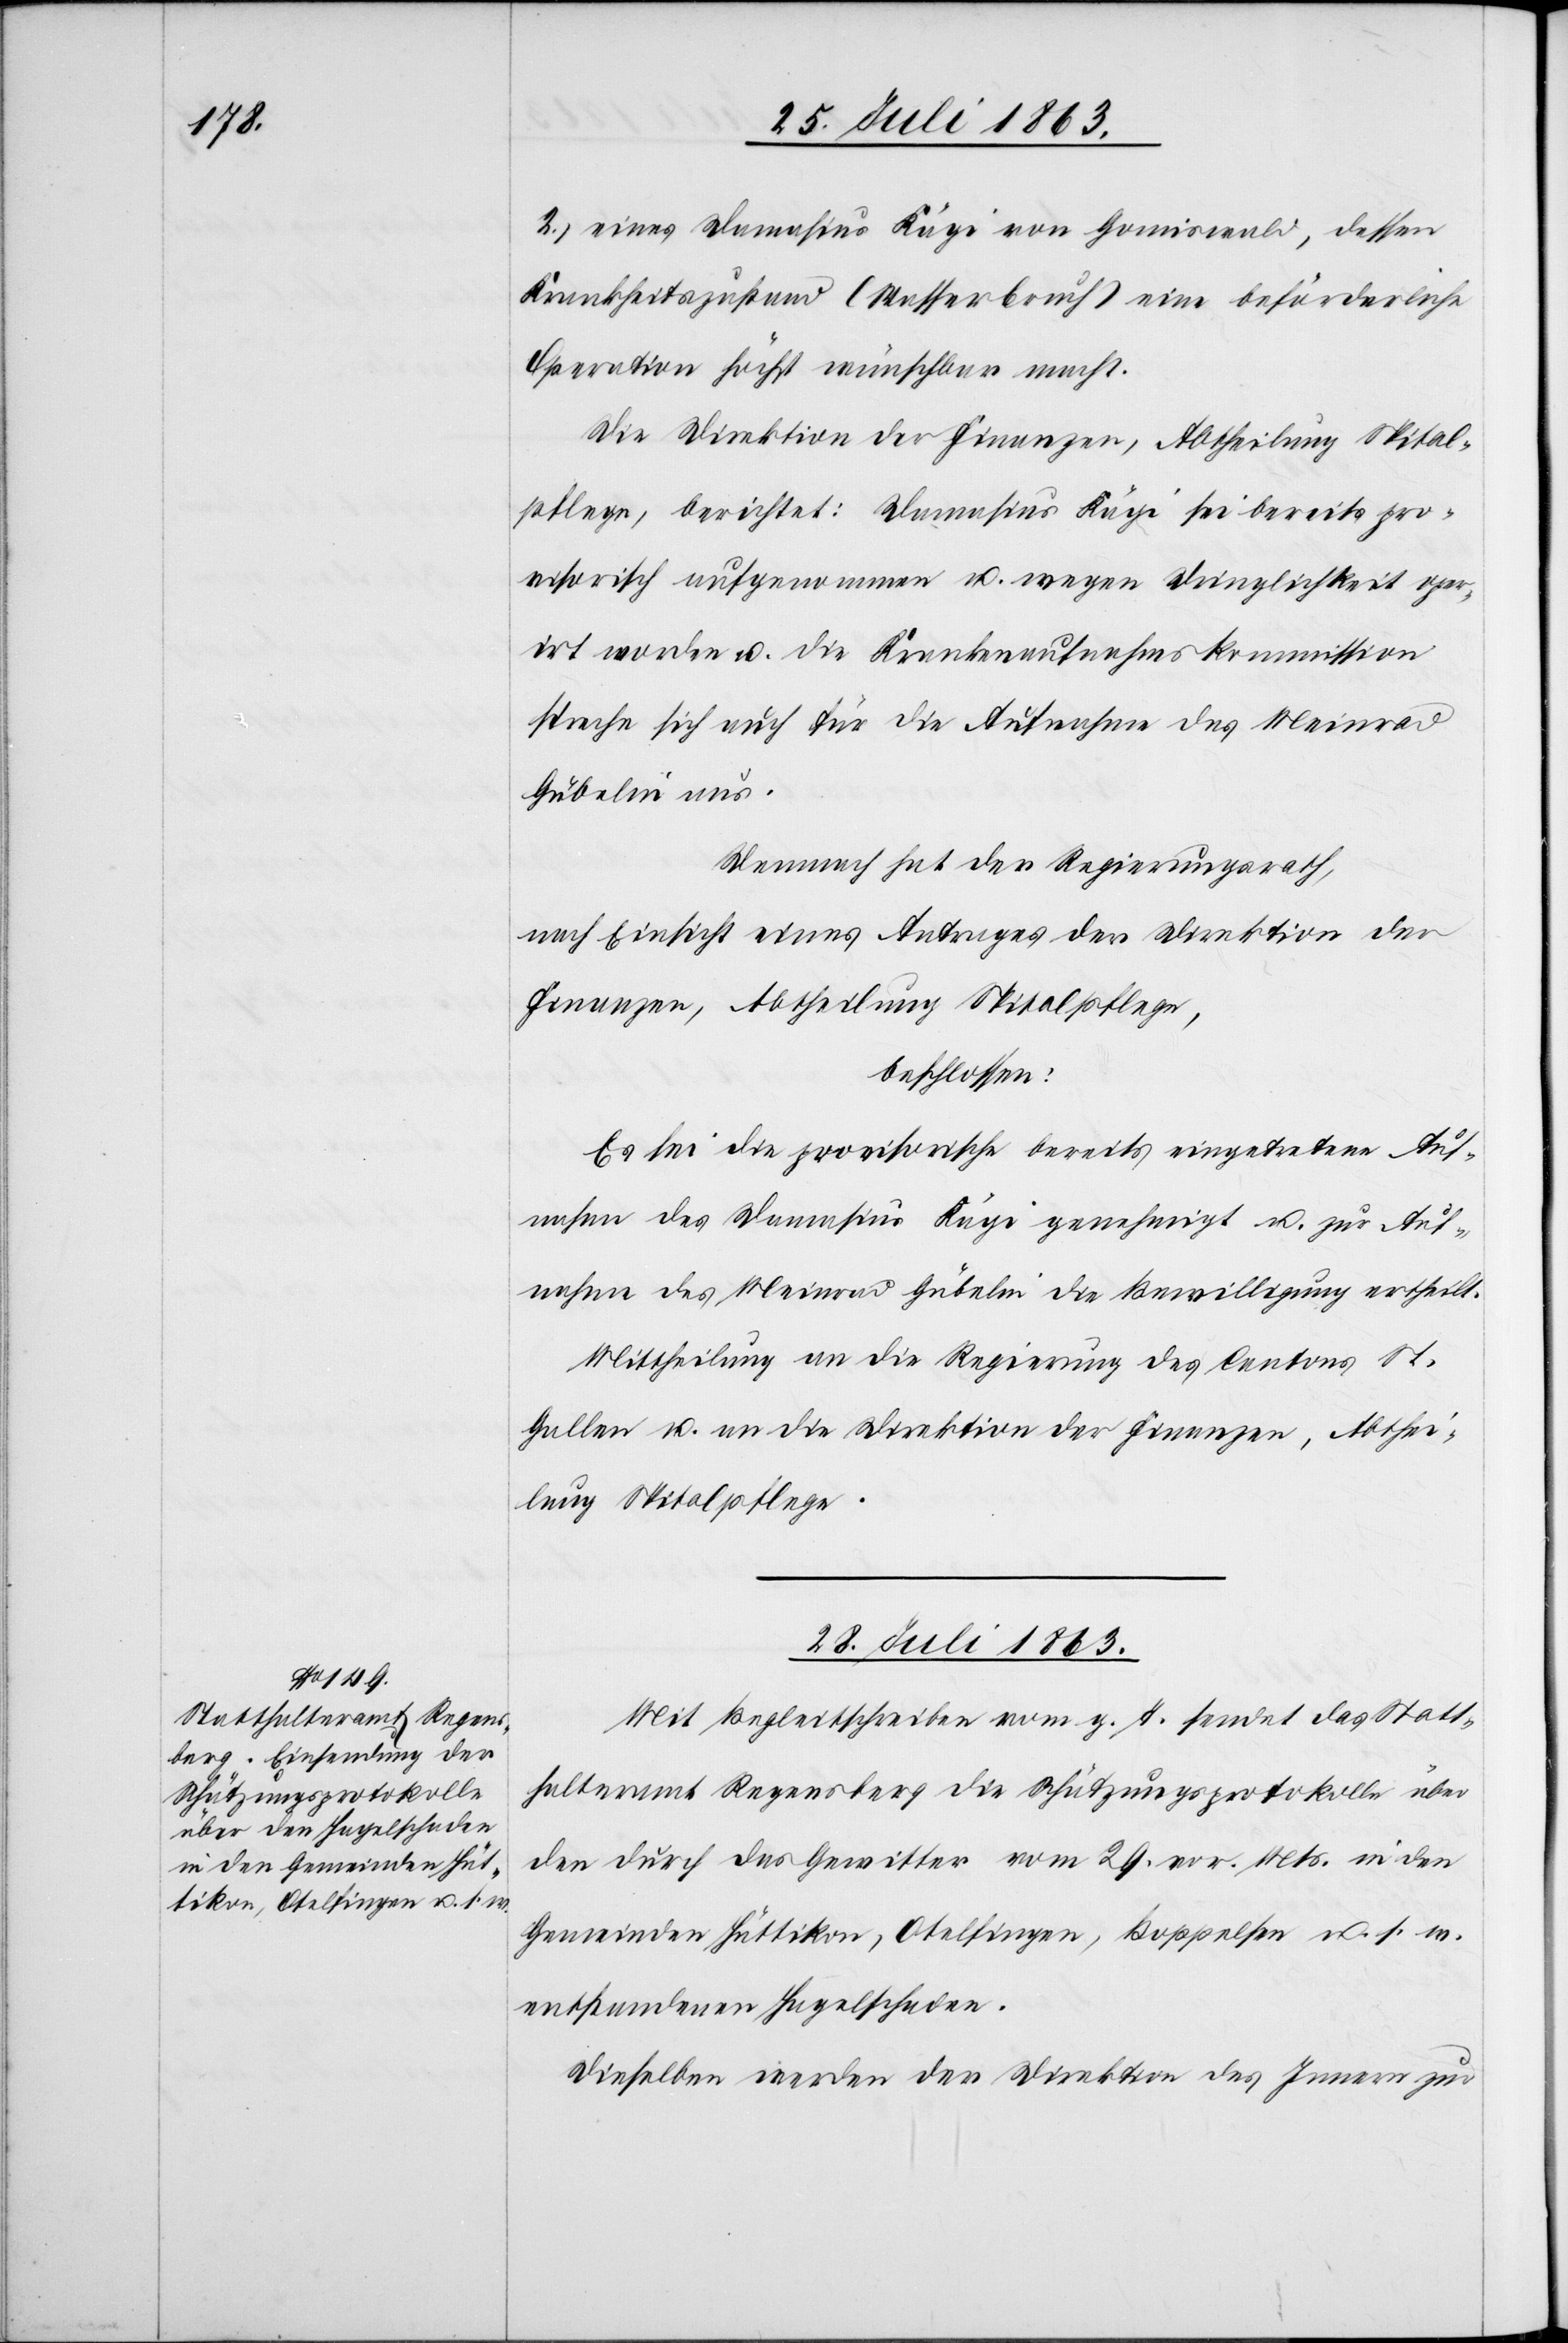
2.) eines Damasius Kägi von Gomiswald [sic!] dessen
Krankheitszustand (Wasserbruch) eine beförderliche
Operation höchst wünschbar macht.
Die Direktion der Finanzen, Abtheilung Spital¬
pflege, berichtet: Damasius Kägi sei bereits pro¬
visorisch aufgenommen u. wegen Dringlichkeit oper¬
irt worden u. die Krankenaufnahmskommission
spreche sich auch für die Aufnahme des Meinrad
Gübelin aus.
Demnach hat der Regierungsrath,
nach Einsicht eines Antrages der Direktion der
Finanzen, Abtheilung Spitalpflege,
beschlossen:
Es sei die provisorische bereits eingetretene Auf¬
nahme des Damasius Kägi genehmigt u. zur Auf¬
nahme des Meinrad Gübelin die Bewilligung ertheilt.
Mittheilung an die Regierung des Cantons St.
Gallen u. an die Direktion der Finanzen, Abthei¬
lung Spitalpflege.
28. Juli 1863.
Mit Begleitschreiben vom g. T. sendet das Statt¬
halteramt Regensberg die Schätzungsprotokolle über
den durch das Gewitter vom 29. vor. Mts. in den
Gemeinden Hüttikon, Otelfingen, Boppelsen u. s. w.
entstandenen Hagelschaden.
Dieselben werden der Direktion des Innern zur